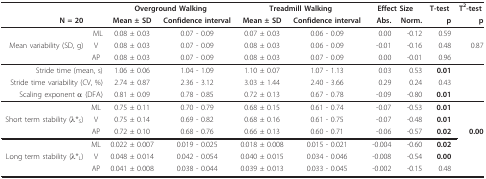
<table><thead><tr><td></td><td></td><td colspan="2"><b>Overground Walking</b></td><td colspan="2"><b>Treadmill Walking</b></td><td colspan="2"><b>Effect Size</b></td><td><b>T-test</b></td><td><b>T<sup>2</sup>-test</b></td></tr><tr><td><b>N = 20</b></td><td></td><td><b>Mean ± SD</b></td><td><b>Confidence interval</b></td><td><b>Mean ± SD</b></td><td><b>Confidence interval</b></td><td><b>Abs.</b></td><td><b>Norm.</b></td><td><b>p</b></td><td><b>p</b></td></tr></thead><tbody><tr><td></td><td>ML</td><td>0.08 ± 0.03</td><td>0.07 - 0.09</td><td>0.07 ± 0.03</td><td>0.06 - 0.09</td><td>0.00</td><td>-0.12</td><td>0.59</td><td></td></tr><tr><td>Mean variability (SD, g)</td><td>V</td><td>0.08 ± 0.03</td><td>0.07 - 0.09</td><td>0.08 ± 0.03</td><td>0.06 - 0.09</td><td>-0.01</td><td>-0.16</td><td>0.48</td><td>0.87</td></tr><tr><td></td><td>AP</td><td>0.08 ± 0.03</td><td>0.07 - 0.09</td><td>0.08 ± 0.03</td><td>0.07 - 0.09</td><td>0.00</td><td>-0.01</td><td>0.96</td><td></td></tr><tr><td colspan="2">Stride time (mean, s)</td><td>1.06 ± 0.06</td><td>1.04 - 1.09</td><td>1.10 ± 0.07</td><td>1.07 - 1.13</td><td>0.03</td><td>0.53</td><td><b>0.01</b></td><td></td></tr><tr><td colspan="2">Stride time variability (CV, %)</td><td>2.74 ± 0.87</td><td>2.36 - 3.12</td><td>3.03 ± 1.44</td><td>2.40 - 3.66</td><td>0.29</td><td>0.24</td><td>0.43</td><td></td></tr><tr><td colspan="2">Scaling exponent α (DFA)</td><td>0.81 ± 0.09</td><td>0.78 - 0.85</td><td>0.72 ± 0.13</td><td>0.67 - 0.78</td><td>-0.09</td><td>-0.80</td><td><b>0.01</b></td><td></td></tr><tr><td></td><td>ML</td><td>0.75 ± 0.11</td><td>0.70 - 0.79</td><td>0.68 ± 0.15</td><td>0.61 - 0.74</td><td>-0.07</td><td>-0.53</td><td><b>0.01</b></td><td></td></tr><tr><td>Short term stability (λ*<sub>S</sub>)</td><td>V</td><td>0.75 ± 0.14</td><td>0.69 - 0.82</td><td>0.68 ± 0.16</td><td>0.61 - 0.75</td><td>-0.07</td><td>-0.48</td><td><b>0.01</b></td><td></td></tr><tr><td></td><td>AP</td><td>0.72 ± 0.10</td><td>0.68 - 0.76</td><td>0.66 ± 0.13</td><td>0.60 - 0.71</td><td>-0.06</td><td>-0.57</td><td><b>0.02</b></td><td><b>0.00</b></td></tr><tr><td></td><td>ML</td><td>0.022 ± 0.007</td><td>0.019 - 0.025</td><td>0.018 ± 0.008</td><td>0.015 - 0.021</td><td>-0.004</td><td>-0.60</td><td><b>0.02</b></td><td></td></tr><tr><td>Long term stability (λ*<sub>L</sub>)</td><td>V</td><td>0.048 ± 0.014</td><td>0.042 - 0.054</td><td>0.040 ± 0.015</td><td>0.034 - 0.046</td><td>-0.008</td><td>-0.54</td><td><b>0.00</b></td><td></td></tr><tr><td></td><td>AP</td><td>0.041 ± 0.008</td><td>0.038 - 0.044</td><td>0.039 ± 0.013</td><td>0.033 - 0.045</td><td>-0.002</td><td>-0.15</td><td>0.48</td><td></td></tr></tbody></table>